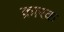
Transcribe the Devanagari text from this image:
क्रारक